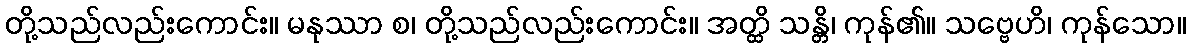
တို့သည်လည်းကောင်း။ မနုဿာ စ၊ တို့သည်လည်းကောင်း။ အတ္ထိ သန္တိ၊ ကုန်၏။ သဗ္ဗေဟိ၊ ကုန်သော။